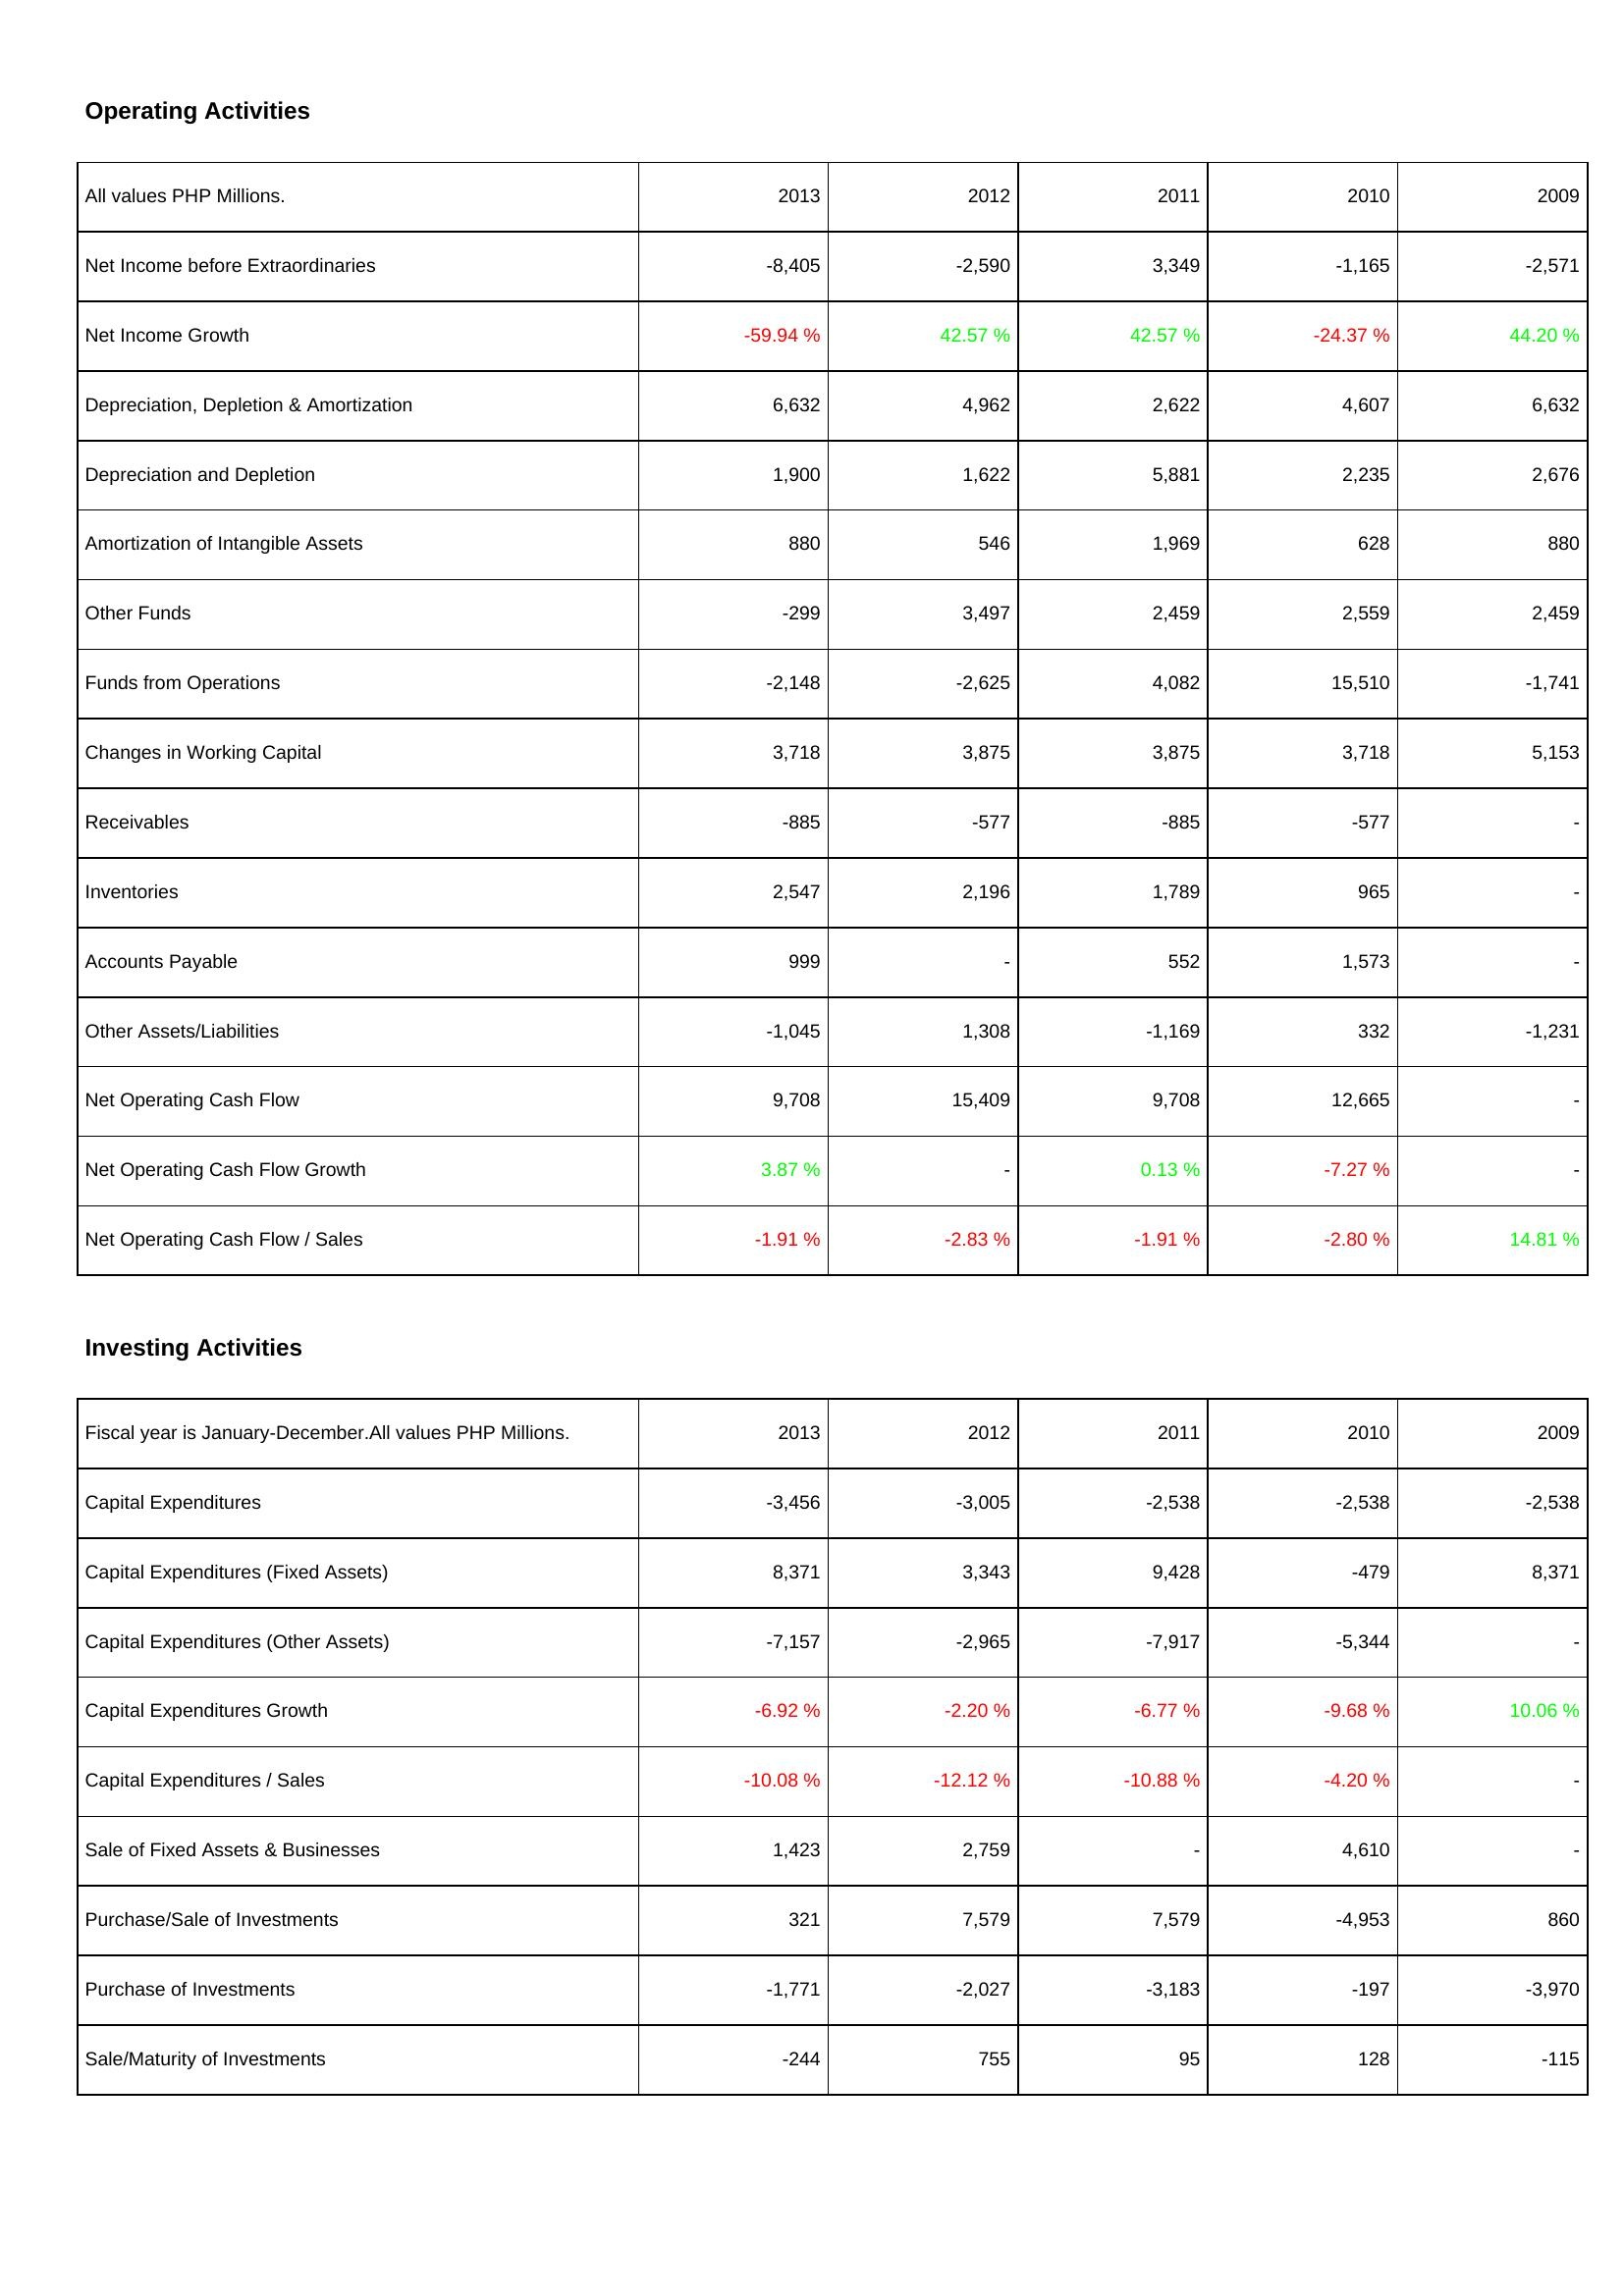
2013: Operating Activities: Net Income before Extraordinaries: -8,405
Net Income Growth: -59.94 %
Depreciation, Depletion & Amortization: 6,632
Depreciation and Depletion: 1,900
Amortization of Intangible Assets: 880
Other Funds: -299
Funds from Operations: -2,148
Changes in Working Capital: 3,718
Receivables: -885
Inventories: 2,547
Accounts Payable: 999
Other Assets/Liabilities: -1,045
Net Operating Cash Flow: 9,708
Net Operating Cash Flow Growth: 3.87 %
Net Operating Cash Flow / Sales: -1.91 %
Investing Activities: Capital Expenditures: -3,456
Capital Expenditures (Fixed Assets): 8,371
Capital Expenditures (Other Assets): -7,157
Capital Expenditures Growth: -6.92 %
Capital Expenditures / Sales: -10.08 %
Sale of Fixed Assets & Businesses: 1,423
Purchase/Sale of Investments: 321
Purchase of Investments: -1,771
Sale/Maturity of Investments: -244
2012: Operating Activities: Net Income before Extraordinaries: -2,590
Net Income Growth: 42.57 %
Depreciation, Depletion & Amortization: 4,962
Depreciation and Depletion: 1,622
Amortization of Intangible Assets: 546
Other Funds: 3,497
Funds from Operations: -2,625
Changes in Working Capital: 3,875
Receivables: -577
Inventories: 2,196
Accounts Payable: -
Other Assets/Liabilities: 1,308
Net Operating Cash Flow: 15,409
Net Operating Cash Flow Growth: -
Net Operating Cash Flow / Sales: -2.83 %
Investing Activities: Capital Expenditures: -3,005
Capital Expenditures (Fixed Assets): 3,343
Capital Expenditures (Other Assets): -2,965
Capital Expenditures Growth: -2.20 %
Capital Expenditures / Sales: -12.12 %
Sale of Fixed Assets & Businesses: 2,759
Purchase/Sale of Investments: 7,579
Purchase of Investments: -2,027
Sale/Maturity of Investments: 755
2011: Operating Activities: Net Income before Extraordinaries: 3,349
Net Income Growth: 42.57 %
Depreciation, Depletion & Amortization: 2,622
Depreciation and Depletion: 5,881
Amortization of Intangible Assets: 1,969
Other Funds: 2,459
Funds from Operations: 4,082
Changes in Working Capital: 3,875
Receivables: -885
Inventories: 1,789
Accounts Payable: 552
Other Assets/Liabilities: -1,169
Net Operating Cash Flow: 9,708
Net Operating Cash Flow Growth: 0.13 %
Net Operating Cash Flow / Sales: -1.91 %
Investing Activities: Capital Expenditures: -2,538
Capital Expenditures (Fixed Assets): 9,428
Capital Expenditures (Other Assets): -7,917
Capital Expenditures Growth: -6.77 %
Capital Expenditures / Sales: -10.88 %
Sale of Fixed Assets & Businesses: -
Purchase/Sale of Investments: 7,579
Purchase of Investments: -3,183
Sale/Maturity of Investments: 95
2010: Operating Activities: Net Income before Extraordinaries: -1,165
Net Income Growth: -24.37 %
Depreciation, Depletion & Amortization: 4,607
Depreciation and Depletion: 2,235
Amortization of Intangible Assets: 628
Other Funds: 2,559
Funds from Operations: 15,510
Changes in Working Capital: 3,718
Receivables: -577
Inventories: 965
Accounts Payable: 1,573
Other Assets/Liabilities: 332
Net Operating Cash Flow: 12,665
Net Operating Cash Flow Growth: -7.27 %
Net Operating Cash Flow / Sales: -2.80 %
Investing Activities: Capital Expenditures: -2,538
Capital Expenditures (Fixed Assets): -479
Capital Expenditures (Other Assets): -5,344
Capital Expenditures Growth: -9.68 %
Capital Expenditures / Sales: -4.20 %
Sale of Fixed Assets & Businesses: 4,610
Purchase/Sale of Investments: -4,953
Purchase of Investments: -197
Sale/Maturity of Investments: 128
2009: Operating Activities: Net Income before Extraordinaries: -2,571
Net Income Growth: 44.20 %
Depreciation, Depletion & Amortization: 6,632
Depreciation and Depletion: 2,676
Amortization of Intangible Assets: 880
Other Funds: 2,459
Funds from Operations: -1,741
Changes in Working Capital: 5,153
Receivables: -
Inventories: -
Accounts Payable: -
Other Assets/Liabilities: -1,231
Net Operating Cash Flow: -
Net Operating Cash Flow Growth: -
Net Operating Cash Flow / Sales: 14.81 %
Investing Activities: Capital Expenditures: -2,538
Capital Expenditures (Fixed Assets): 8,371
Capital Expenditures (Other Assets): -
Capital Expenditures Growth: 10.06 %
Capital Expenditures / Sales: -
Sale of Fixed Assets & Businesses: -
Purchase/Sale of Investments: 860
Purchase of Investments: -3,970
Sale/Maturity of Investments: -115